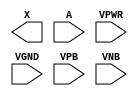
module sky130_fd_sc_hd__dlymetal6s2s (
    X   ,
    A   ,
    VPWR,
    VGND,
    VPB ,
    VNB
);

    output X   ;
    input  A   ;
    input  VPWR;
    input  VGND;
    input  VPB ;
    input  VNB ;
endmodule